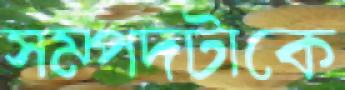
সম্পদটাকে